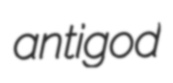
antigod